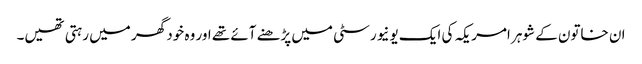
ان خاتون کے شوہر امریکہ کی ایک یونیورسٹی میں پڑھنے آئے تھے اور وہ خود گھر میں رہتی تھیں۔